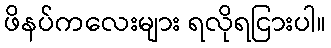
ဖိနပ်ကလေးများ ရလိုရငြားပါ။